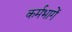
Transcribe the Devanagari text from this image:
कर्मभागें